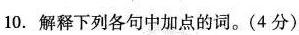
10.解释下列各句中加点的词。(4分)